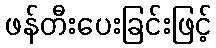
ဖန်တီးပေးခြင်းဖြင့်